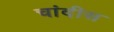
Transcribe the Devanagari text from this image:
चांदीस